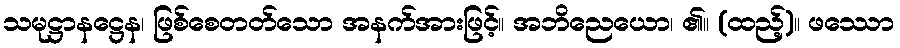
သမုဋ္ဌာနဋ္ဌေန၊ ဖြစ်စေတတ်သော အနက်အားဖြင့်။ အဘိညေယော၊ ၏။ (ထည့်)။ ဖဿော